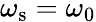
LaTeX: \omega_{\mathrm{s}}=\omega_{0}